King Institute of Preventive Medicine Micro-Biological Section reports 1912-19
Year: 1912
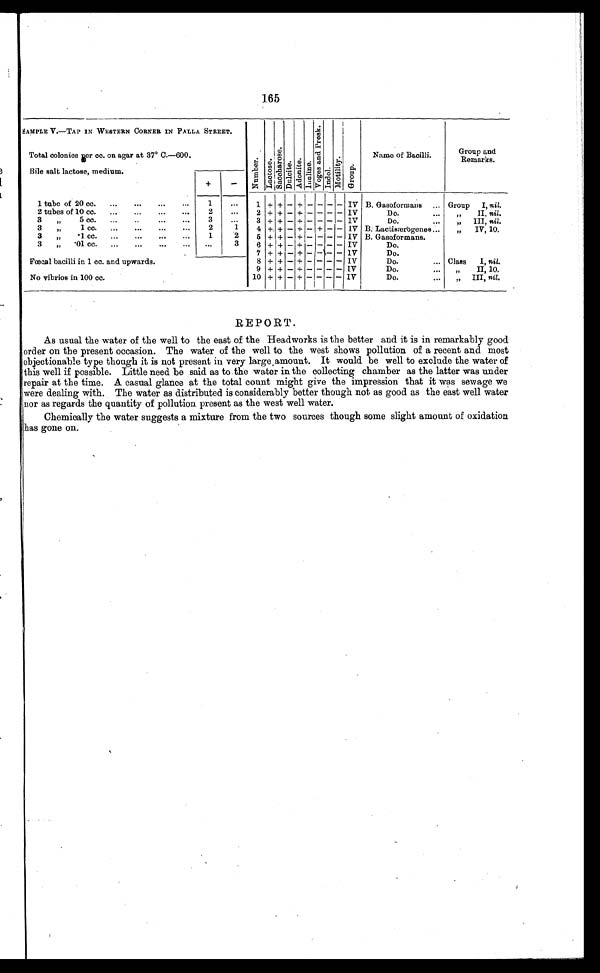
165
SAMPLE V.—TAP IN WESTERN CORNER IN PALLA STREET.
N u m b e r .
L a c t o s e .
S a c c h a r o s e .
D u l c i t e . A d o n i t e . I n u l i n e .
V o g e s a n d p r o s k .
I n d o l .
M o t i l i t y .
Group.
N a m e o f B a c i l l i .
G r o u p
a n d R e m a r k s .
Total colonies per cc. on agar at 37° C.—600.
-
Bile salt lactose, medium.
+
1 tube of 20 cc.
...
...
...
...
1
...
1 + +
- +
- - - - IV B. Gasoformans
... Group
I nil.
2 tubes of 10 cc.
...
... ...
2
...
2 + +
- +
- - - - IV
Do.
II, nil.
3
,,
5 cc.
...
...
...
3
...
3
+ +
-
+
- -
- - IV
Do.
...
III, nil.
3
,,
1 cc.
...
...
...
...
2
1
4 +. +
- +
- +
- - IV B. Lactisærbgenes ...
„
IV,10.
3
,,
.1
..
... ...
...
1
2
5 + +
- + —
- - - IV B. Gasoformans.
3
„
. 0 1 c c .
. . .
. . .
... ... ...
3
6 + +
- +
- - - - IV
Do.
7 + +
- +
- - - -
IV
Do.
Fœcal bacilli in 1 cc. and upwards.
8 + +
-
+
- - - - IV
Do.
... Class
I, nil.
9
+ +
-
+
-- -- --- - IV
Do.
...
„
II, 10.
No vibrios in 100 cc.
10 + +
- +
- - - - IV
Do.
...
„
III, nil.
REPORT.
As usual the water of the well to the east of the Headworks is the better and it is in remarkably good
order on the present occasion. The water of the well to the west shows pollution of a recent and most
objectionable type though it is not present in very large , amount. It would be well to exclude the water of
this well if possible. Little need be said as to the water in the collecting chamber as the latter was under
repair at the time. A casual glance at the total count might give the impression that it was sewage we
were dealing with. The water as distributed is considerably better though not as good as the east well water
nor as regards the quantity of pollution present as the west well water.
Chemically the water suggests a mixture from the two sources though some slight amount of oxidation
hs gone on.